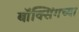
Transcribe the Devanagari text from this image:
बॉक्सिंगच्या